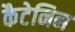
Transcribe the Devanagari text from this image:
कैटेनिन